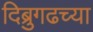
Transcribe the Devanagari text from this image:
दिब्रुगढच्या